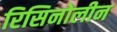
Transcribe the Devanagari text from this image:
रिसिनोलीन